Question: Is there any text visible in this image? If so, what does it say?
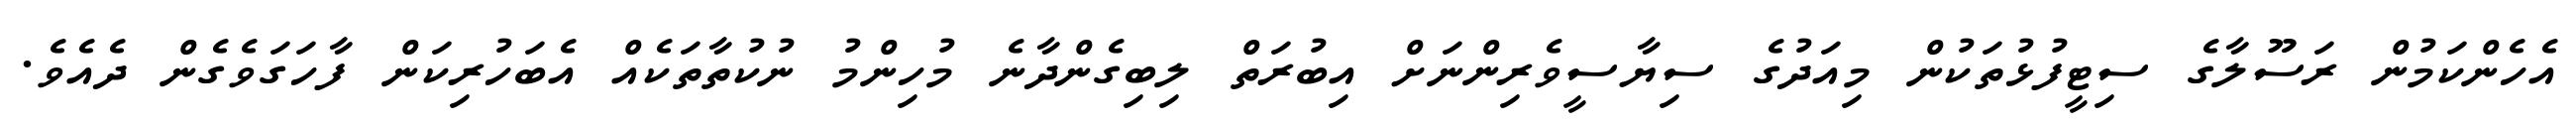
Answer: އެހެންކަމުން ރަސޫލާގެ ސިޓީފުޅުތަކުން މިއަދުގެ ސިޔާސީވެރިންނަށް އިބުރަތް ލިބިގެންދާނެ މުހިންމު ނުކުތާތަކެއް އެބަހުރިކަން ފާހަގަވެގެން ދެއެވެ.